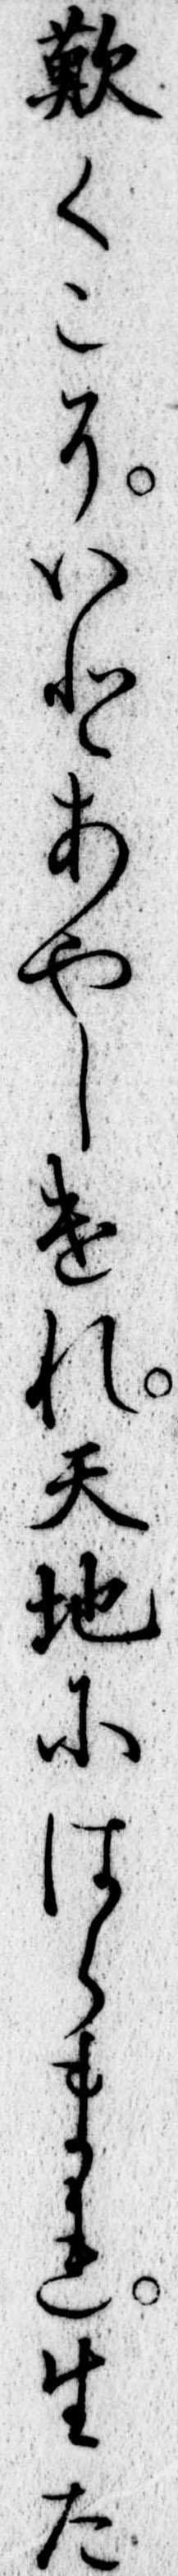
歎くこそいとあやしけれ天地にはらまれ生た